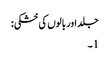
جلد اور بالوں کی خشکی:
1۔